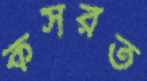
কসরত